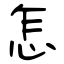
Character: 怎